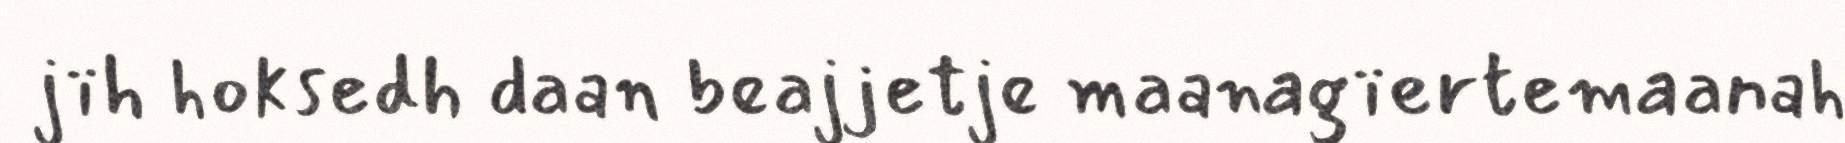
jïh hoksedh daan beajjetje maanagïertemaanah